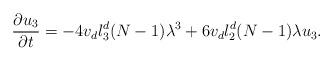
LaTeX: \begin{align*}\frac{\partial u_3}{\partial t}= -4v_dl_3^d(N-1)\lambda^3 +6v_dl_2^d(N-1)\lambda{u}_3.\end{align*}